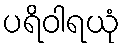
ပရိဝါရယုံ